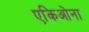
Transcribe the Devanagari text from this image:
एकिओना